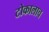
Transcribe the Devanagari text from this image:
टोकालाच